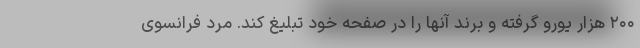
۲۰۰ هزار یورو گرفته و برند آنها را در صفحه خود تبلیغ کند. مرد فرانسوی